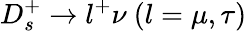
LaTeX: D_{s}^{+}\to l^{+}\nu~(l=\mu,\tau)